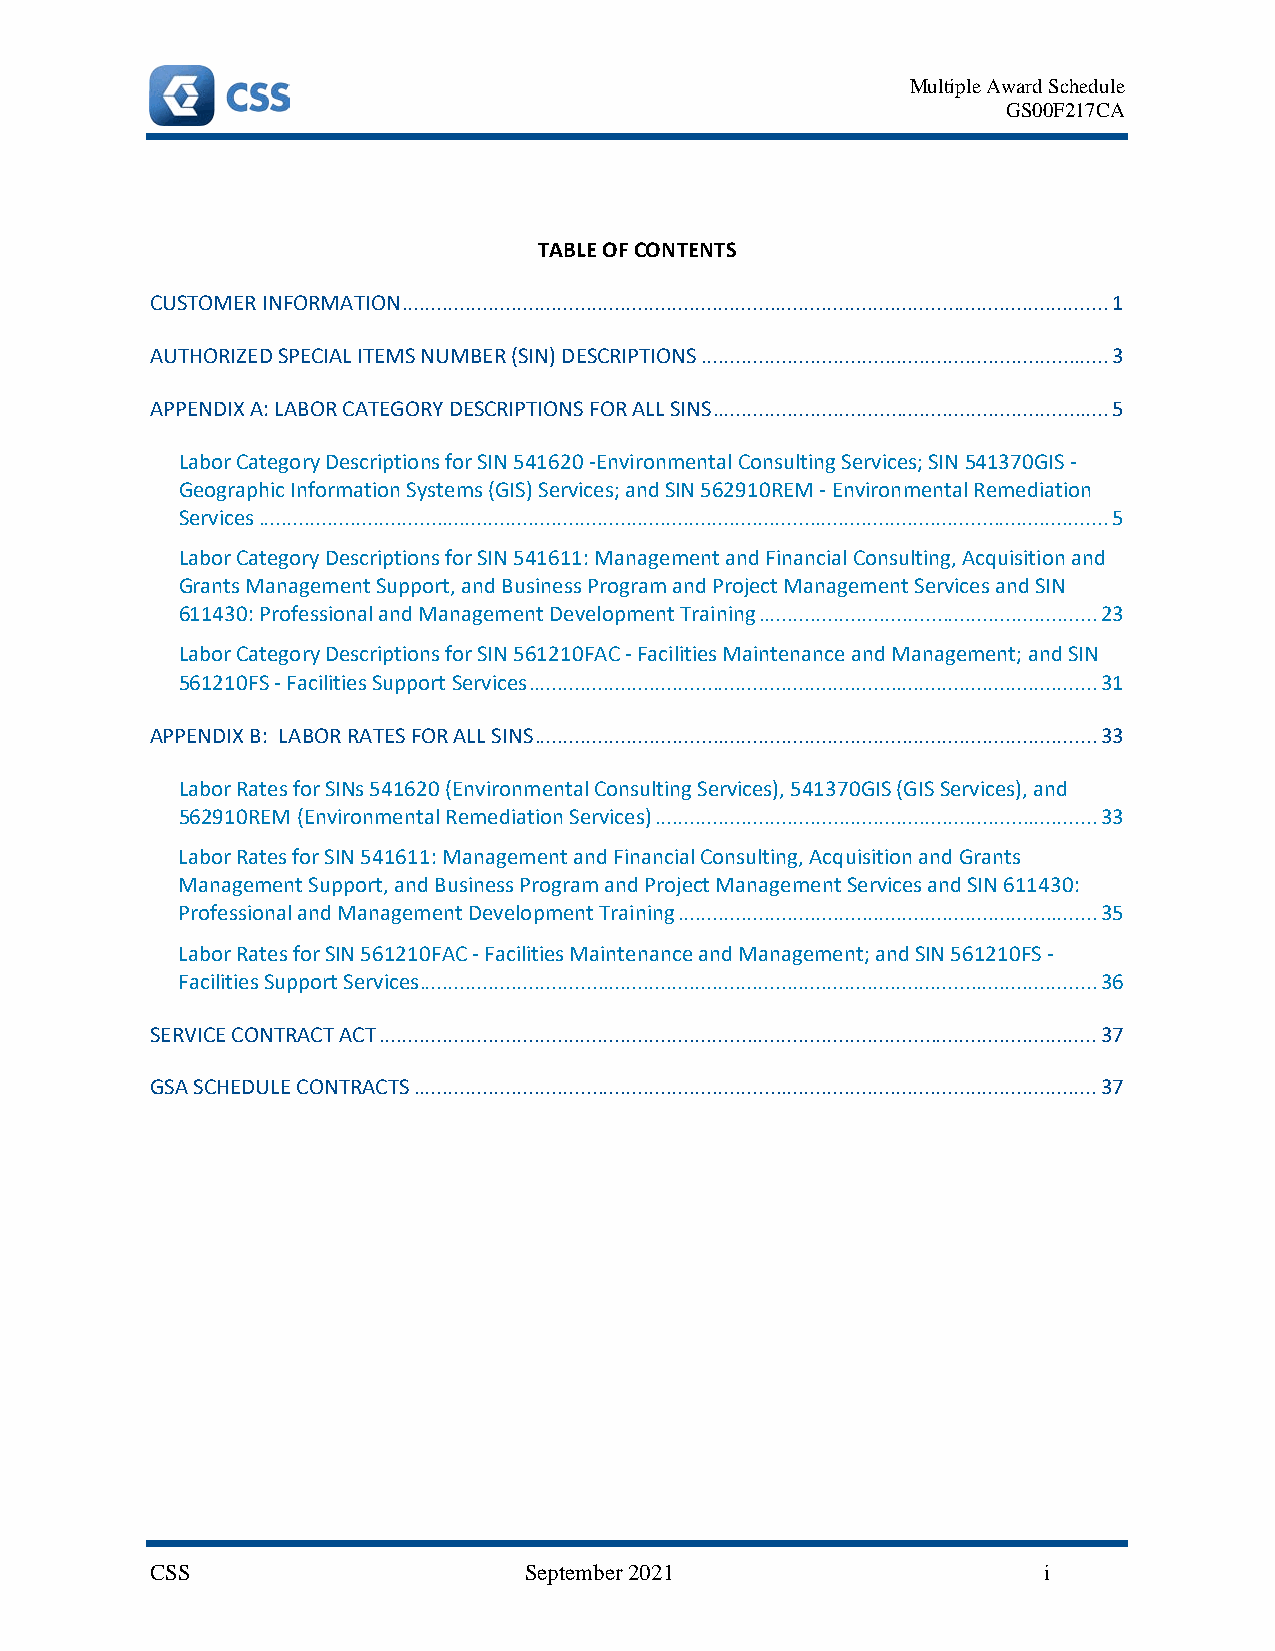
Multiple Award Schedule
 GS00F217CA
 TABLE OF CONTENTS
 CUSTOMER INFORMATION ........................................................................................................................... 1
 AUTHORIZED SPECIAL ITEMS NUMBER (SIN) DESCRIPTIONS ....................................................................... 3
 APPENDIX A: LABOR CATEGORY DESCRIPTIONS FOR ALL SINS ..................................................................... 5
 Labor Category Descriptions for SIN 541620 -Environmental Consulting Services; SIN 541370GIS -
 Geographic Information Systems (GIS) Services; and SIN 562910REM - Environmental Remediation
 Services .................................................................................................................................................... 5
 Labor Category Descriptions for SIN 541611: Management and Financial Consulting, Acquisition and
 Grants Management Support, and Business Program and Project Management Services and SIN
 611430: Professional and Management Development Training ........................................................... 23
 Labor Category Descriptions for SIN 561210FAC - Facilities Maintenance and Management; and SIN
 561210FS - Facilities Support Services ................................................................................................... 31
 APPENDIX B: LABOR RATES FOR ALL SINS .................................................................................................. 33
 Labor Rates for SINs 541620 (Environmental Consulting Services), 541370GIS (GIS Services), and
 562910REM (Environmental Remediation Services) ............................................................................. 33
 Labor Rates for SIN 541611: Management and Financial Consulting, Acquisition and Grants
 Management Support, and Business Program and Project Management Services and SIN 611430:
 Professional and Management Development Training ......................................................................... 35
 Labor Rates for SIN 561210FAC - Facilities Maintenance and Management; and SIN 561210FS -
 Facilities Support Services ...................................................................................................................... 36
 SERVICE CONTRACT ACT ............................................................................................................................. 37
 GSA SCHEDULE CONTRACTS ....................................................................................................................... 37
 CSS                      September 2021                    i